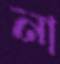
না